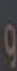
و